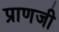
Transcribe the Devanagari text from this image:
प्राणजी